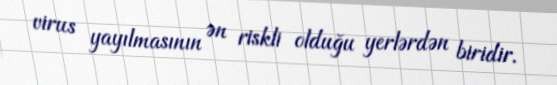
virus yayılmasının ən riskli olduğu yerlərdən biridir.